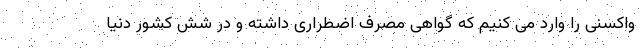
واکسنی را وارد می کنیم که گواهی مصرف اضطراری داشته و در شش کشور دنیا